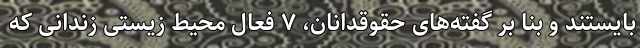
بایستند و بنا بر گفته‌های حقوقدانان، ۷ فعال محیط ‌زیستی زندانی که